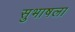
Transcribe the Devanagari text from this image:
सुभाषला